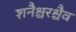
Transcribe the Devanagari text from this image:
शनैश्चरश्चैव